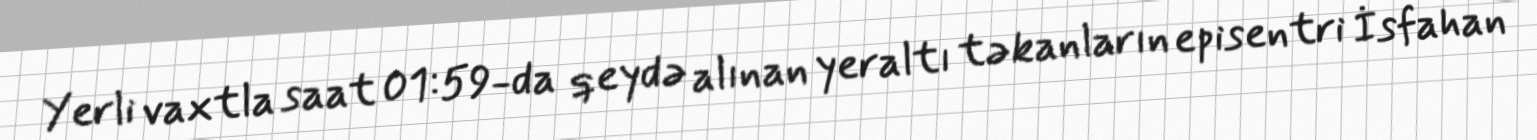
Yerli vaxtla saat 01:59-da qeydə alınan yeraltı təkanların episentri İsfahan